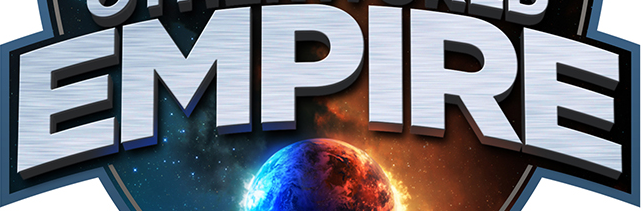
EMPIRE